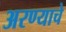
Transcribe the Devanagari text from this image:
अरण्याचे